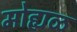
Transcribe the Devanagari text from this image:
मोह्यळ